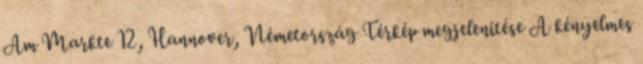
Am Markte 12, Hannover, Németország Térkép megjelenítése A kényelmes